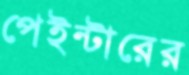
পেইন্টারের